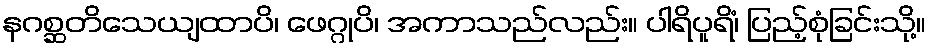
နဂစ္ဆတိသေယျထာပိ၊ ဖေဂ္ဂုပိ၊ အကာသည်လည်း။ ပါရိပူရိံ၊ ပြည့်စုံခြင်းသို့။